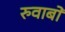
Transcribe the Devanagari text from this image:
रुवाबों